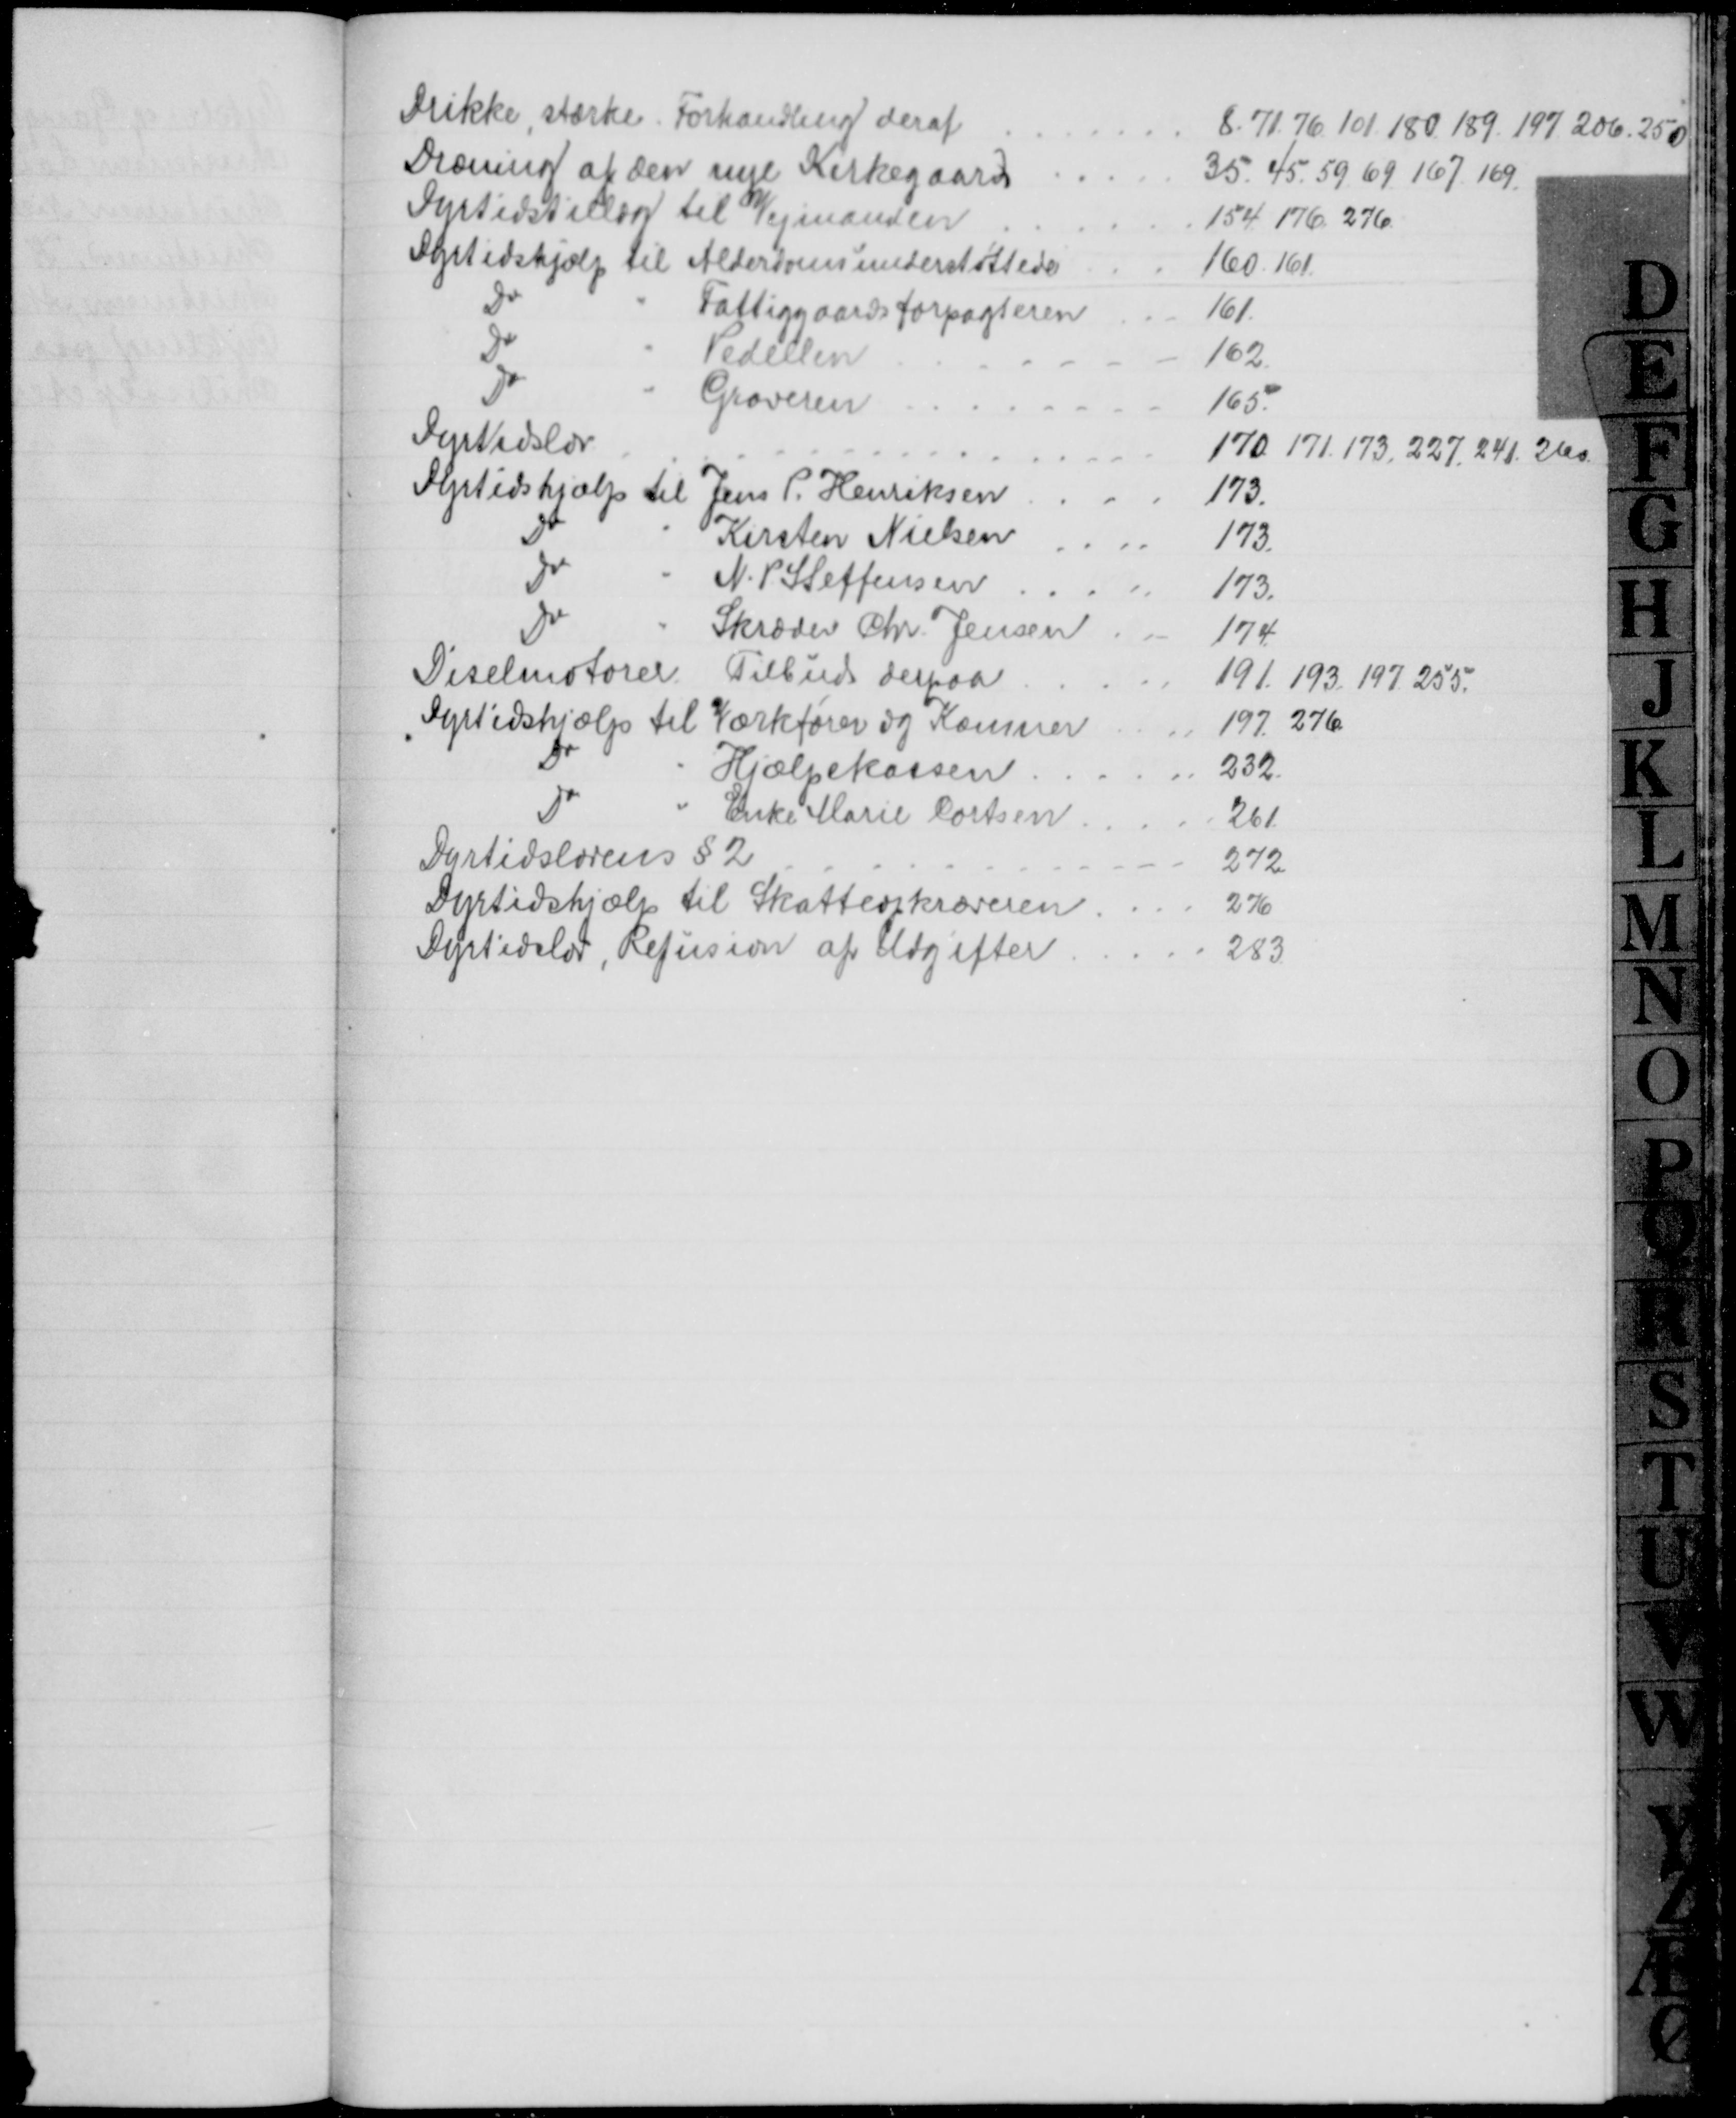
Transskription:
Drikke, stærke. Forhandling deraf
8. 71.76. 101. 180. 189. 197. 206. 250
Dræning af den nye Kirkegaard
35. 45. 59. 69. 167. 169
Dyrtidstillæg til Vejmanden
154. 176. 276.
Dyrtidshjælp til Alderdomsunderstøttede
160. 161.
Do
Fattiggaardsforpagteren
161
Do
Pedellen
162
Do
Graveren
165.
Dyrtidslov
170. 171. 173. 227. 241. 260.
Dyrtidshjælp til Jens P. Henriksen
173
Do
Kirsten Nielsen
173
Do
N. P. Steffensen
173.
Do
Skræder Chr. Jensen
174
Diselmotorer. Tilbud derpaa
191. 193. 197. 255.
Dyrtidshjælp til Værkfører og Kæmner
197. 276
Do
Hjælpekassen
232.
Do
Enke Marie Cortsen
261
Dyrtidslovens § 2
272
Dyrtidshjælp til Skatteopkræveren
276
Dyrtidslov, Refusion af Udgifter
283